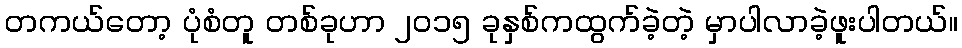
တကယ်တော့ ပုံစံတူ တစ်ခုဟာ ၂၀၁၅ ခုနှစ်ကထွက်ခဲ့တဲ့ မှာပါလာခဲ့ဖူးပါတယ်။